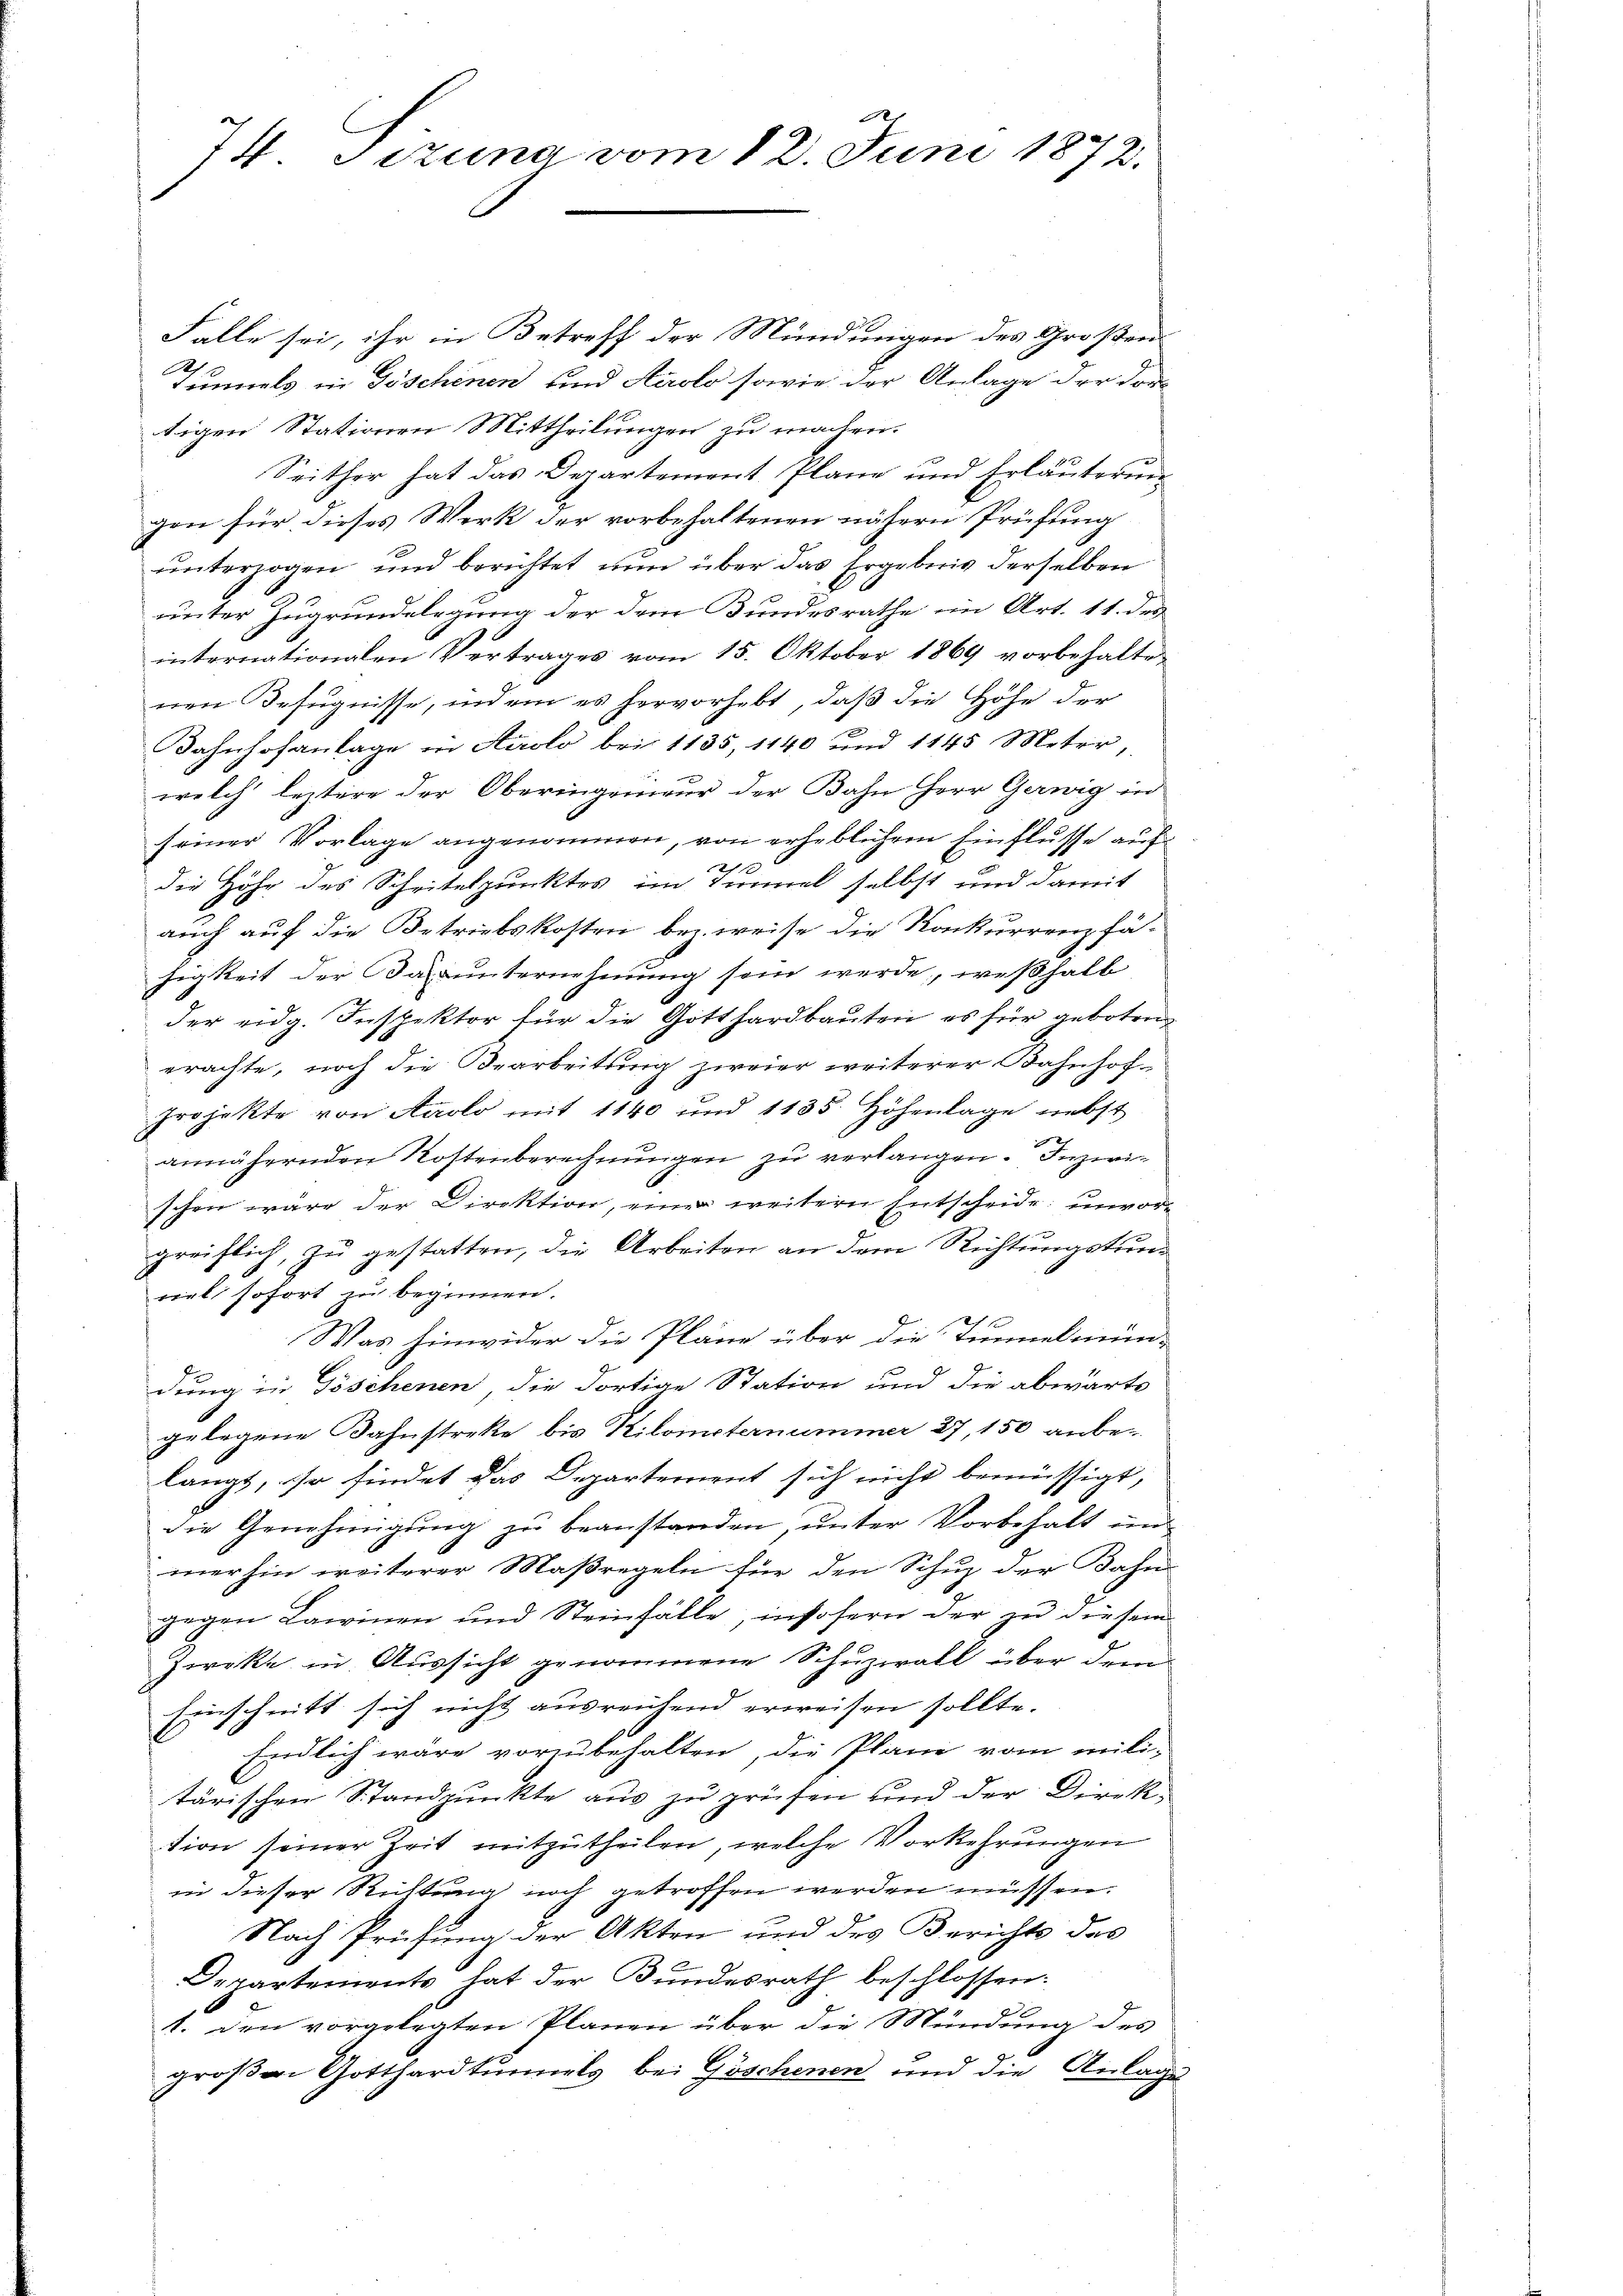
2
74. Sizung vom 18. Juni 1872.

Falle sei, ihr in Betreff der Mündungen des Großen
Tannels in Göschenen und Airolo sowie der Anlage der For-
tigen Stationen Mittheilungen zu machen.
Seither hat das Departement Plane und Erläuteringon für dieses Werk der vorbehaltenen nähern Prüfung
unterzogen und berichtet nun über das Ergebnis derselben
unter Zugrundelegung der dem Bundesrathe im Art. 11. der
internationalen Vertrages vom 15. Oktober 1869 vorbehaltenen Befugnisse, indem es hervorhebt, daß die Höhe der
Bahnhofanlage in Airolo bei 1135, 1140 und 1145 Meter,
welch leztere der Oberingenieur der Bahn Herr Gerwig in
seiner Vorlage angenommen, von erheblichem Einflusse auf
2
die Höhe des Scheitelpunktes im Zimmel selbst und damit
auch auf die Betriebskosten bei weise die Konkurrenzfäfigkeit der Darunternehmung sein werde, weßhalb
der eidg. Inspektor für die Gotthardbauten es für geboten
erachte, noch die Bearbeitung zweier weiterer Bahnhof¬
Projekte von Airolo mit 1140 und 1135. Höhenlage nebst
annähernden Kostenberechnungen zu verlangen. Inzwischen wäre der Direktion, eine weitern Entscheide unvorgreiflich, zu gestatten, die Arbeiten an dem Richtungstunviel sofort zu beginnen.
Was hinwider die Pläne über die Tunnelmün-
dung in Göschenen die dortige Station und die abwärts
gelegene Bahnstreke bis Kilometernummer 27, 150 anbe-
langt, so findet das Departement sich nicht bemüssigt,
die Genehmigung zu beanstanden, unter Vorbehalt und
merhin weiterer Maßregeln für den Schuz der Bahn
gegen Lawinen und Steinfälle, insofern der zu diesem
Zweke in Aussicht genommene Schuzwall über dem
Einschnitt sich nicht ausreichend erweisen sollte.
Endlich wäre vorzubehalten, die Plane vom mili-
tärischen Standpunkte aus zu prüfen und der Direktion seiner Zeit mitzutheilen, welche Vorkehrungen
in dieser Richtung noch getroffen werden müssen.
Nach Prüfung der Akten und des Berichts des
Departements hat der Bundesrath beschlossen:
1. den vorgelegten Planen über die Mündung des
großen Gotthardtunnels bei Göschenen und die Anlage